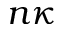
n \kappa